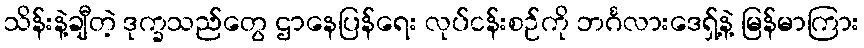
သိန်းနဲ့ချီတဲ့ ဒုက္ခသည်တွေ ဌာနေပြန်ရေး လုပ်ငန်းစဉ်ကို ဘင်္ဂလားဒေရှ့်နဲ့ မြန်မာကြား